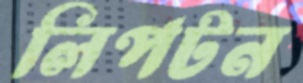
লিপটন